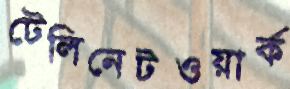
টেলিনেটওয়ার্ক